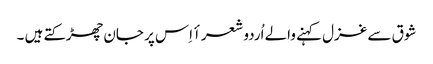
شوق سے غزل کہنے والے اُردو شعرأ اِس پر جان چھڑکتے ہیں ۔